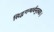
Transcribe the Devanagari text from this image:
सिद्धगन्धर्वमुख्याः।